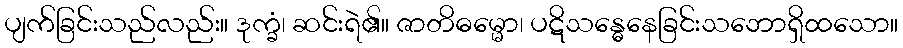
ပျက်ခြင်းသည်လည်း။ ဒုက္ခံ၊ ဆင်းရဲ၏။ ဇာတိဓမ္မော၊ ပဋိသန္ဓေနေခြင်းသဘောရှိထသော။